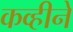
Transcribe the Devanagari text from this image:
कव्हीने